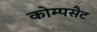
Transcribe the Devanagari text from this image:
कोम्पसैट